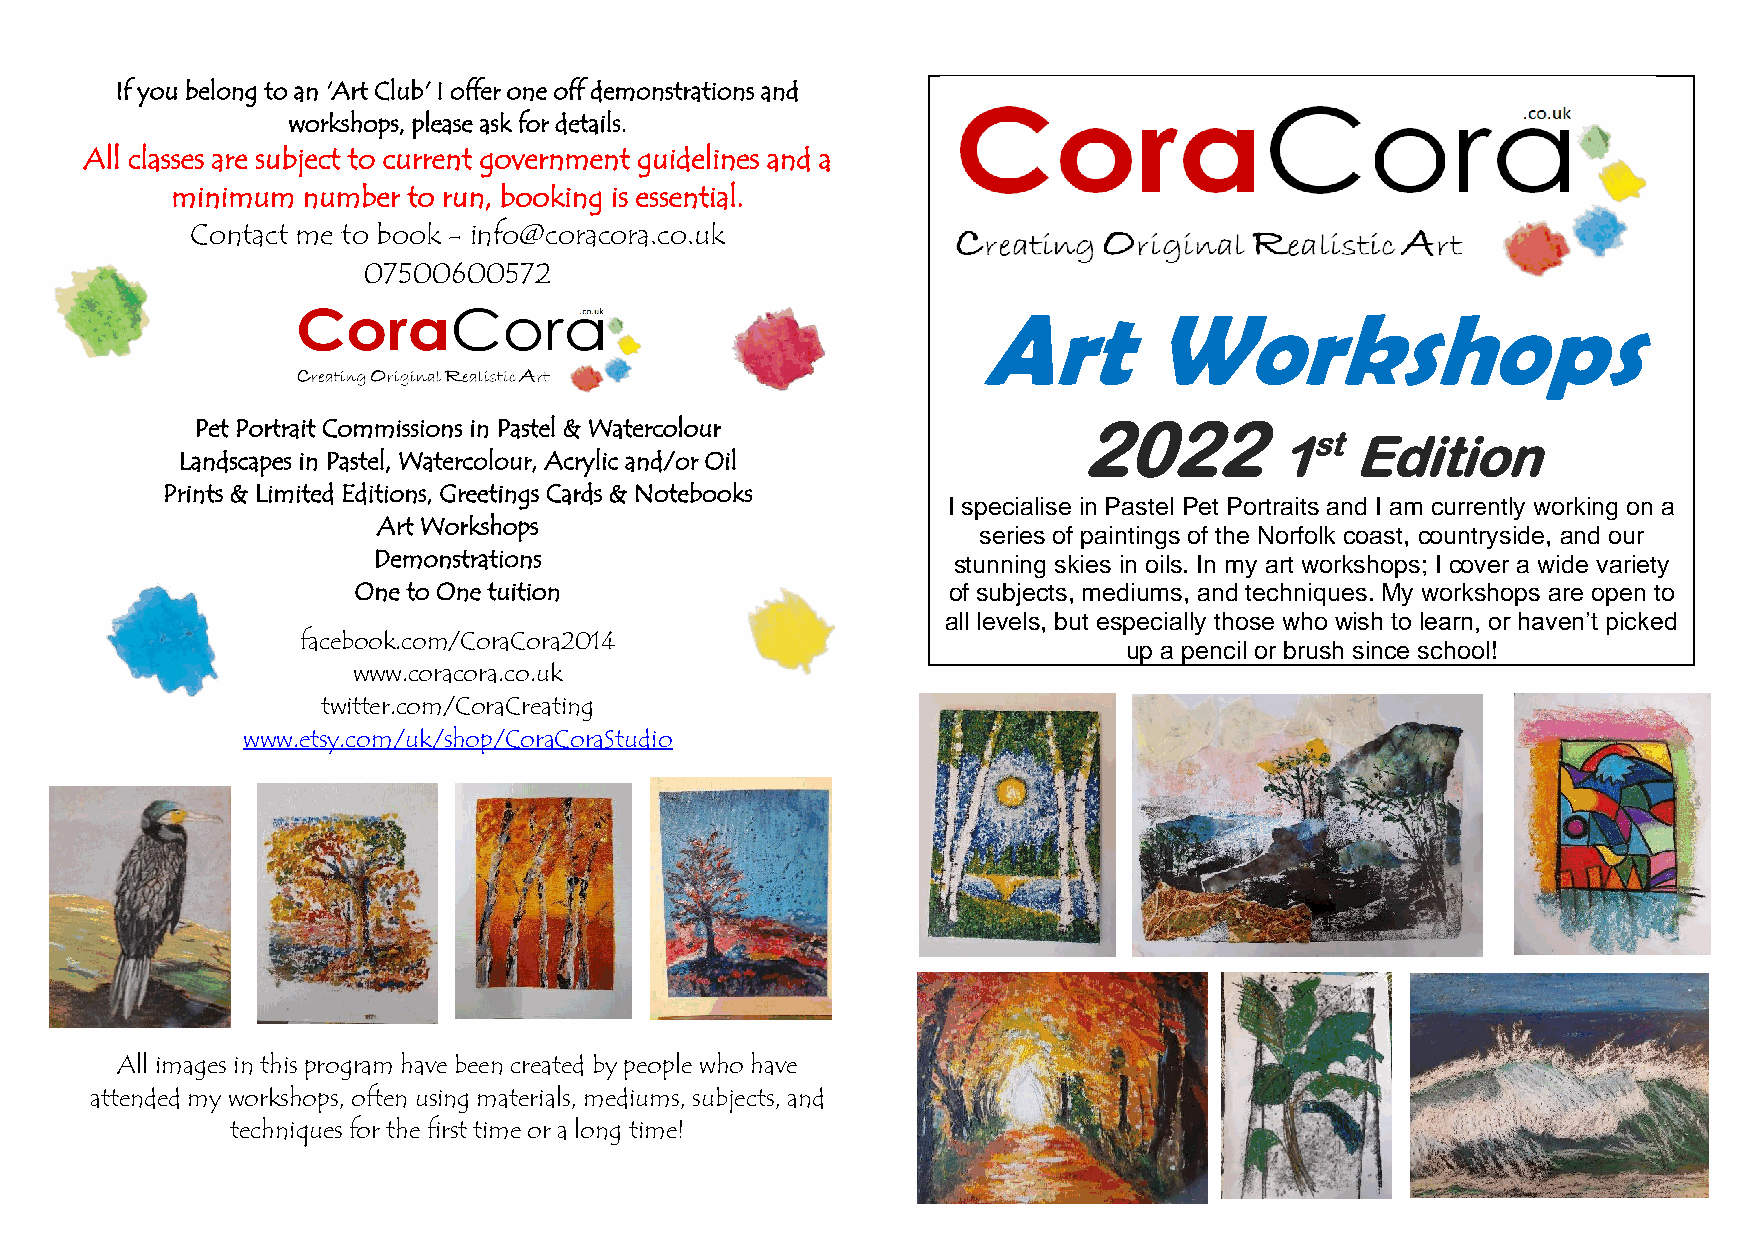
If you belong to an 'Art Club' I offer one off demonstrations and
 workshops, please ask for details.
 All classes are subject to current government guidelines and a
 minimum  number to run, booking is essential.
 Contact me to book - info@coracora.co.uk
 07500600572
 Art        Workshops
 Pet Portrait Commissions in Pastel & Watercolour          2022
 1st Edition
 Landscapes in Pastel, Watercolour, Acrylic and/or Oil
 Prints & Limited Editions, Greetings Cards & Notebooks
 I specialise in Pastel Pet Portraits and I am currently working on a
 Art Workshops
 series of paintings of the Norfolk coast, countryside, and our
 Demonstrations                        stunning skies in oils. In my art workshops; I cover a wide variety
 One to One tuition                      of subjects, mediums, and techniques. My workshops are open to
 all levels, but especially those who wish to learn, or haven’t picked
 facebook.com/CoraCora2014
 up a pencil or brush since school!
 www.coracora.co.uk
 twitter.com/CoraCreating
 www.etsy.com/uk/shop/CoraCoraStudio
 All images in this program have been created by people who have
 attended my workshops, often using materials, mediums, subjects, and
 techniques for the first time or a long time!